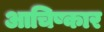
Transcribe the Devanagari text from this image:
आचिष्कार